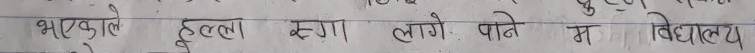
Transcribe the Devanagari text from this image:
भाएकाले हल्ला रग्गा लागे पनि म विद्यालय